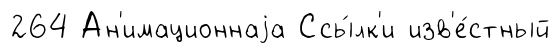
264 Ан'имационнаjа Ссы́лк'и изв'е́стный